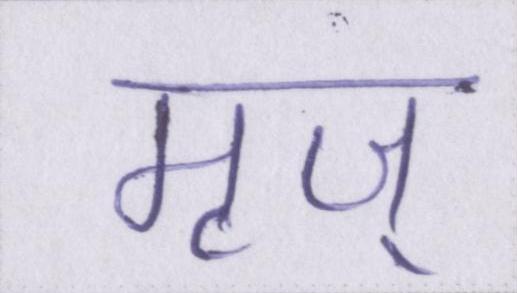
मृज्